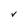
Character: v